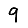
Digit: 9